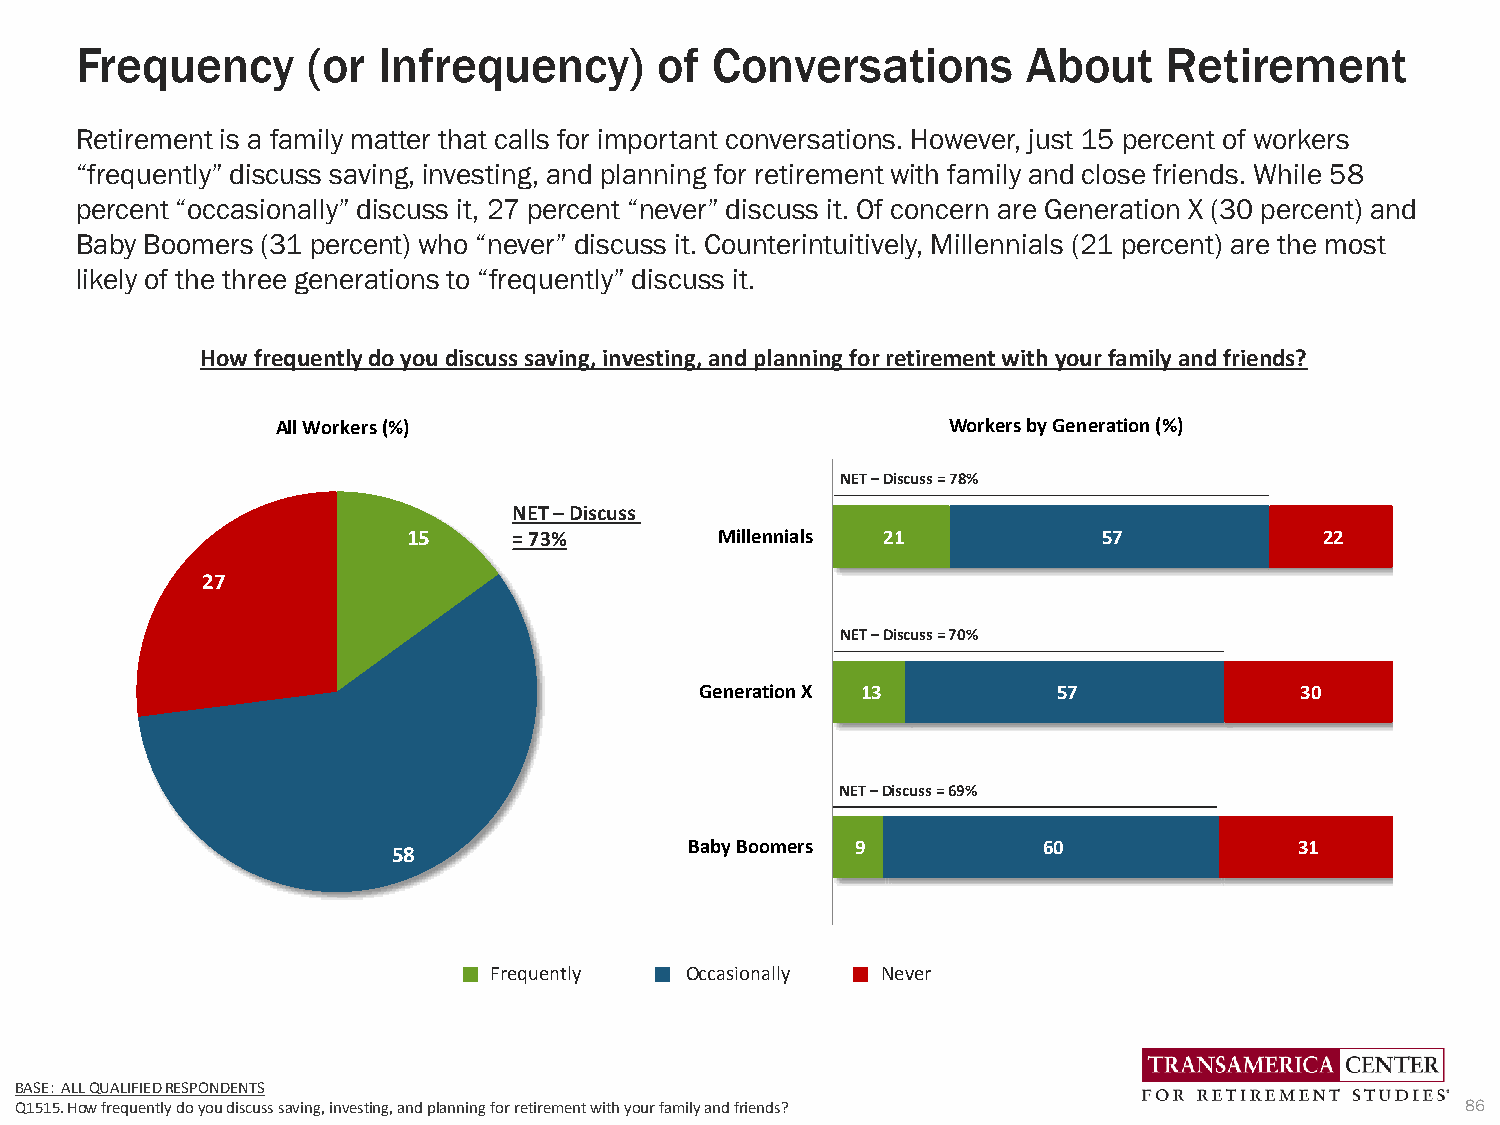
Frequency      (or  Infrequency)       of Conversations        About    Retirement
 Retirement is a family matter that calls for important conversations. However, just 15 percent of workers
 “frequently” discuss saving, investing, and planning for retirement with family and close friends. While 58
 percent “occasionally” discuss it, 27 percent “never” discuss it. Of concern are Generation X (30 percent) and
 Baby Boomers (31 percent) who “never” discuss it. Counterintuitively, Millennials (21 percent) are the most
 likely of the three generations to “frequently” discuss it.
 How frequently do you discuss saving, investing, and planning for retirement with your family and friends?
 All Workers (%)                              Workers by Generation (%)
 NET –Discuss = 78%
 NET –Discuss
 15     = 73%         Millennials 21           57             22
 27
 NET –Discuss = 70%
 Generation X 13         57              30
 NET –Discuss = 69%
 58                  Baby Boomers 9         60               31
 Frequently   Occasionally Never
 BASE: ALL QUALIFIED RESPONDENTS
 Q1515. How frequently do you discuss saving, investing, and planning for retirement with your family and friends? 86